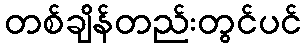
တစ်ချိန်တည်းတွင်ပင်